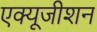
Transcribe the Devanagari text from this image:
एक्यूजीशन